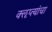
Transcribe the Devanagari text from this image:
क्‍ऌप्त्यांचा